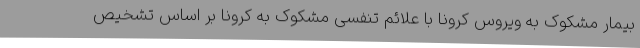
بیمار مشکوک به ویروس کرونا با علائم تنفسی مشکوک به کرونا بر اساس تشخیص